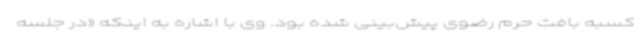
کسبه بافت حرم رضوی پیش‌بینی شده بود. وی با اشاره به اینکه «در جلسه